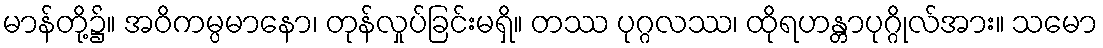
မာန်တို့၌။ အဝိကမ္ပမာနော၊ တုန်လှုပ်ခြင်းမရှိ။ တဿ ပုဂ္ဂလဿ၊ ထိုရဟန္တာပုဂ္ဂိုလ်အား။ သမော